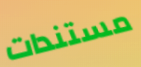
مستندات